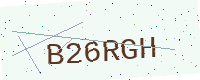
Text: B26RGH